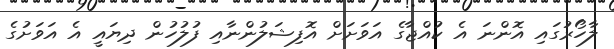
ލާހޯރުގައި އޮންނަ އެ ކުއްޖާގެ އަވަށަށް އޮފިޝަލުންނާއި ފުލުހުން ދިޔައީ އެ އަވަށުގެ